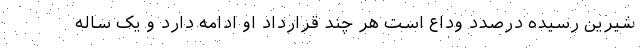
شیرین رسیده درصدد وداع است هر چند قرارداد او ادامه دارد و یک ساله